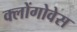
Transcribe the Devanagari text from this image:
क्लोंगोवेस